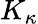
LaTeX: K_{\kappa}